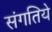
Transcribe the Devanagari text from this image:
संगतिये